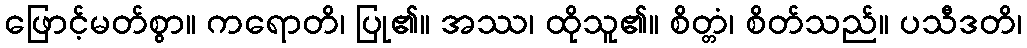
ဖြောင့်မတ်စွာ။ ကရောတိ၊ ပြု၏။ အဿ၊ ထိုသူ၏။ စိတ္တံ၊ စိတ်သည်။ ပသီဒတိ၊